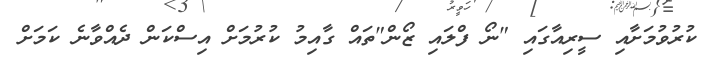
ކުރުވުމަށާއި ސީރިއާގައި "ނޯ ފްލައި ޒޯން"ތައް ގާއިމު ކުރުމަށް އިސްކަން ދެއްވާނެ ކަމަށް